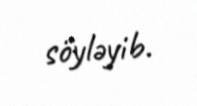
söyləyib.